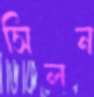
সিলন